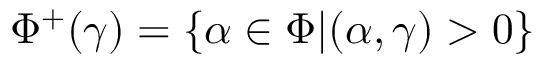
\Phi ^ { + } ( \gamma ) = \{ \alpha \in \Phi | ( \alpha , \gamma ) > 0 \}